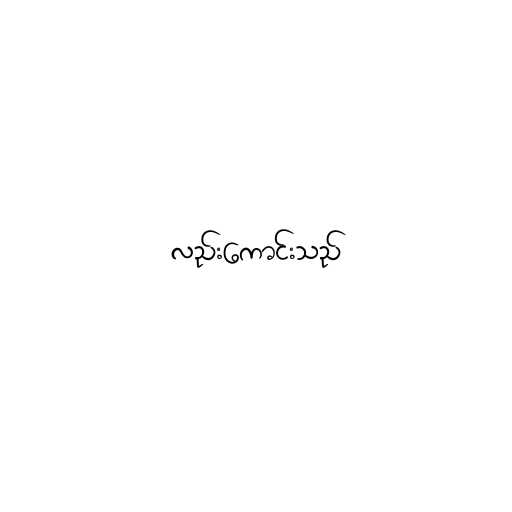
လည်းကောင်းသည်